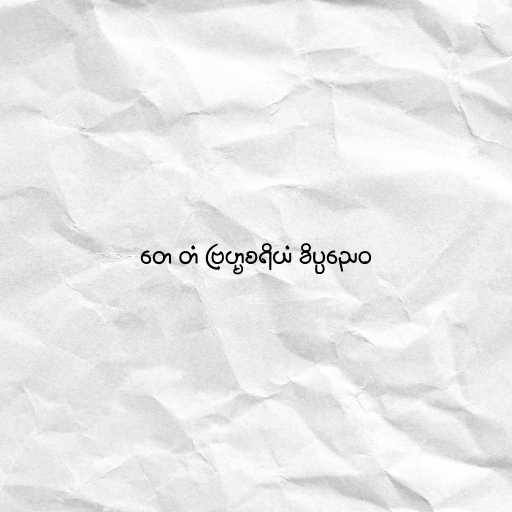
တေ တံ ဗြဟ္မစရိယံ ခိပ္ပညေဝ